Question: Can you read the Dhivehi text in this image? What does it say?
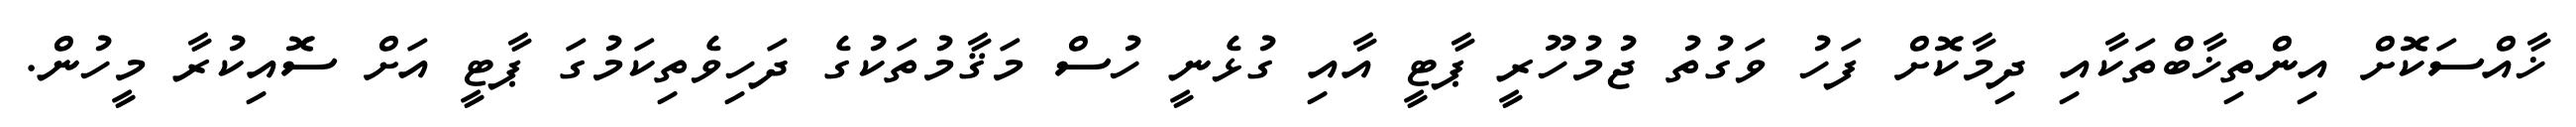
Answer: ޚާއްސަކޮށް އިންތިޚާބްތަކާއި ދިމާކޮށް ފަހު ވަގުތު ޖުމުހޫރީ ޕާޓީ އާއި ގުޅެނީ ހުސް މަޤާމުތަކުގެ ދަހިވެތިކަމުގަ ޕާޓީ އަށް ސޮއިކުރާ މީހުން.